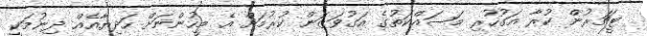
ޓީޗަރުން ކުރާ އަގުހުރި މަސައްކަތުގެ އަގުވަޒަން ކުރުމަށް އެ މީހުންނަށް ހަދިޔާއެއް ދިނުމަކީ